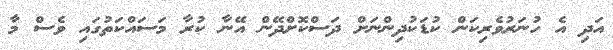
އަދި އެ ހުނަރުވެރިކަން ކުޑަކުދިންނަށް ދަސްކޮށްދޭން އޭނާ ކުރާ މަސައްކަތުގައި ވެސް މާ